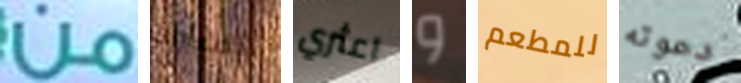
من المباراة اعثري و للمطعم دعوته